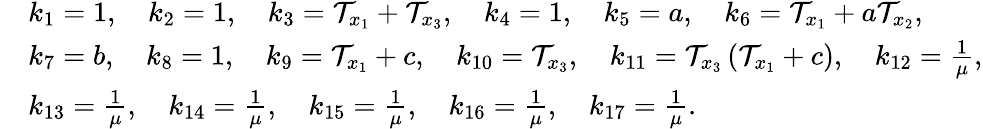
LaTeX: \begin{array}{rl}&{k_{1}=1,\quad k_{2}=1,\quad k_{3}=\mathcal{T}_{x_{1}}+\mathcal{T}_{x_{3}},\quad k_{4}=1,\quad k_{5}=a,\quad k_{6}=\mathcal{T}_{x_{1}}+a\mathcal{T}_{x_{2}},}\\ &{k_{7}=b,\quad k_{8}=1,\quad k_{9}=\mathcal{T}_{x_{1}}+c,\quad k_{10}=\mathcal{T}_{x_{3}},\quad k_{11}=\mathcal{T}_{x_{3}}\left(\mathcal{T}_{x_{1}}+c\right),\quad k_{12}=\frac{1}{\mu},}\\ &{k_{13}=\frac{1}{\mu},\quad k_{14}=\frac{1}{\mu},\quad k_{15}=\frac{1}{\mu},\quad k_{16}=\frac{1}{\mu},\quad k_{17}=\frac{1}{\mu}.}\end{array}